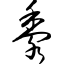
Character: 黍